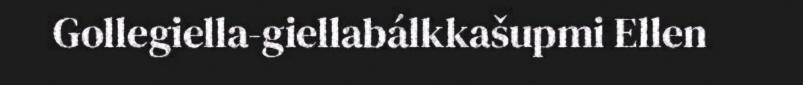
Gollegiella-giellabálkkašupmi Ellen